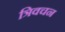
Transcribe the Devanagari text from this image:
त्रिवचन